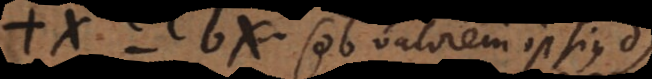
− bx (ob valorem ipsius d)